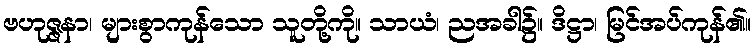
ဗဟုဇ္ဇနာ၊ များစွာကုန်သော သူတို့ကို။ သာယံ၊ ညအခါ၌။ ဒိဋ္ဌာ၊ မြင်အပ်ကုန်၏။